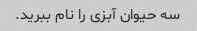
سه حیوان آبزی را نام ببرید.